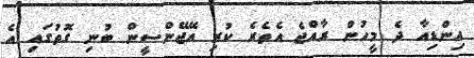
އިންޑިއާ ދެ މީހުން ރާއްޖެ އެތެރެ ކުރި އޭޖޭންސީން ބުނި ގޮތުގައި އެ